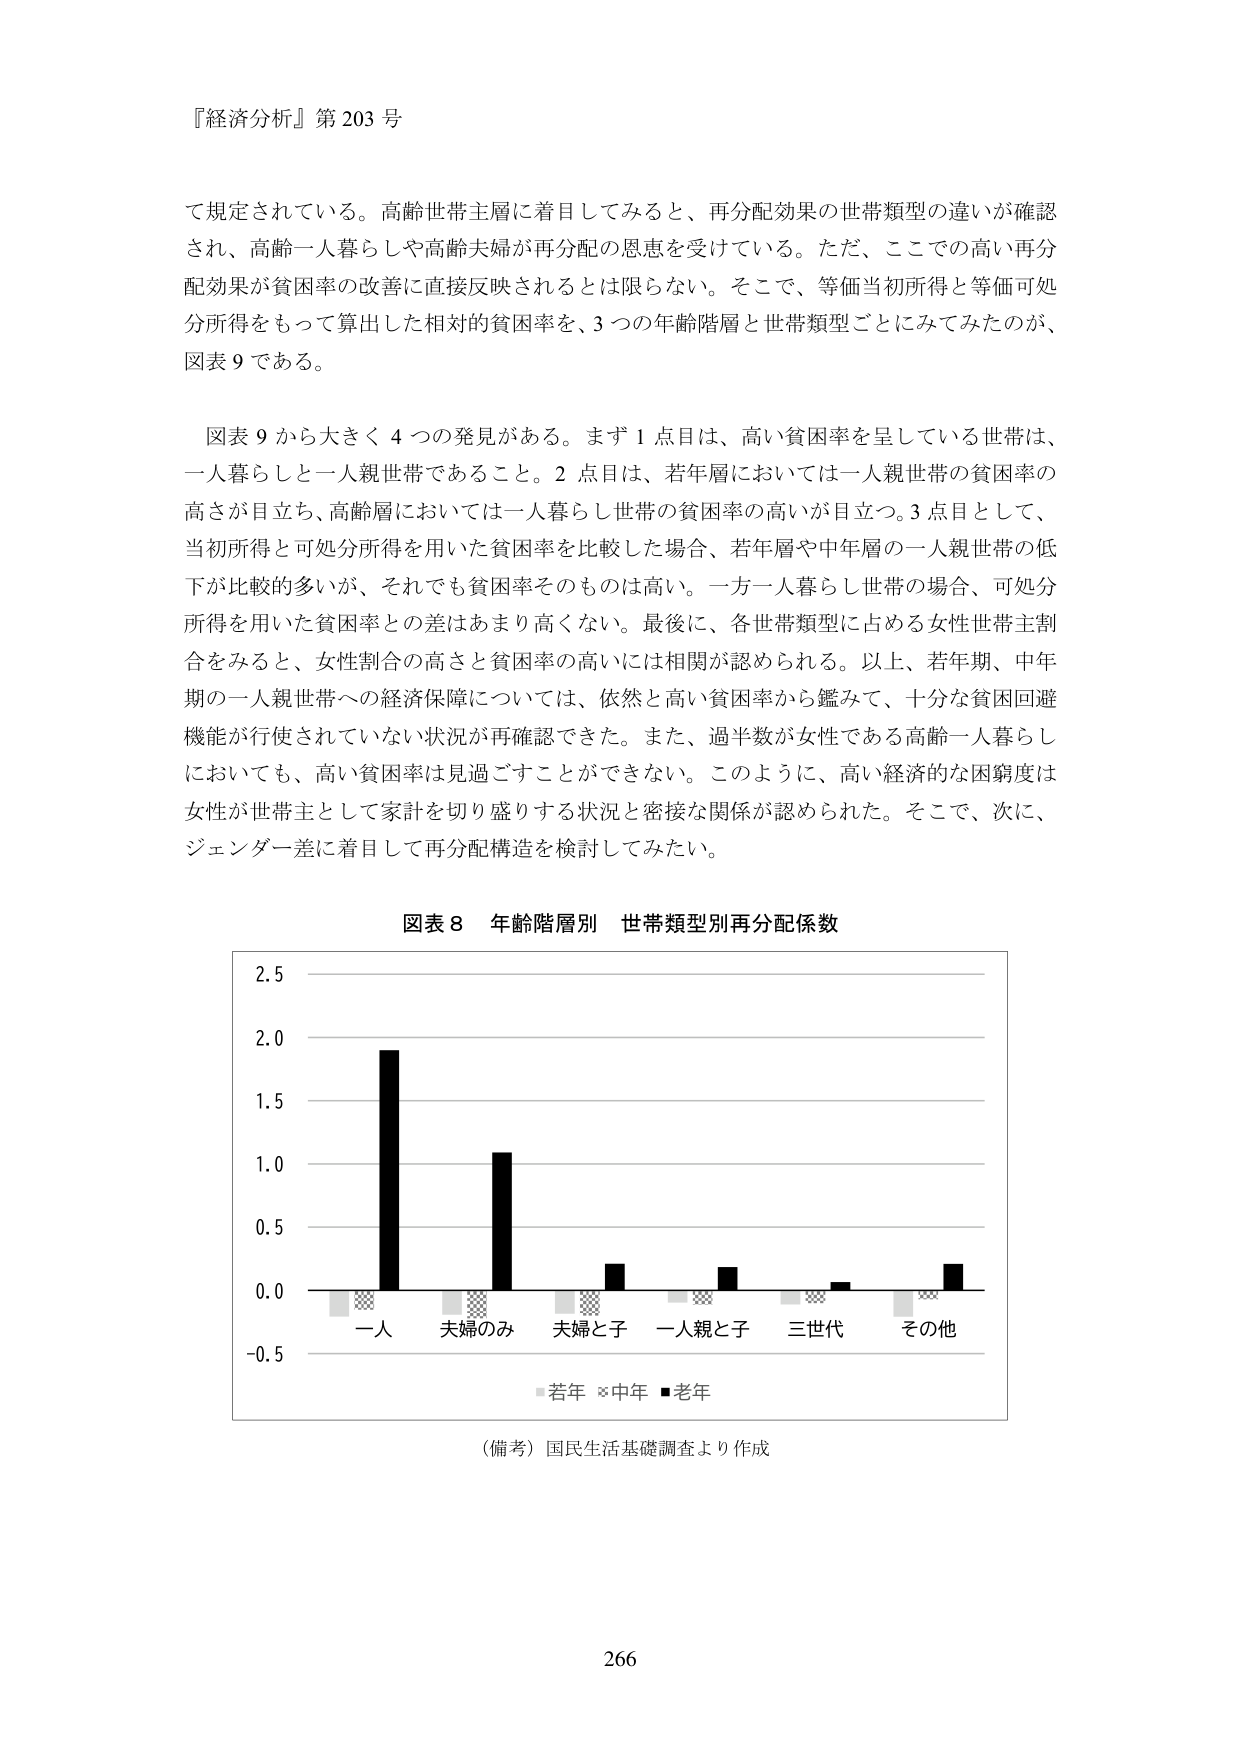
『経済分析』第 203 号

て規定されている。高齢世帯主層に着目してみると、再分配効果の世帯類型の違いが確認
され、高齢一人暮らしや高齢夫婦が再分配の恩恵を受けている。ただ、ここでの高い再分
配効果が貧困率の改善に直接反映されるとは限らない。そこで、等価当初所得と等価可処
分所得をもって算出した相対的貧困率を、3 つの年齢階層と世帯類型ごとにみてみたのが、
図表 9 である。

図表 9 から大きく 4 つの発見がある。まず 1 点目は、高い貧困率を呈している世帯は、
一人暮らしと一人親世帯であること。2 点目は、若年層においては一人親世帯の貧困率の
高さが目立ち、高齢層においては一人暮らし世帯の貧困率の高いが目立つ。3 点目として、
当初所得と可処分所得を用いた貧困率を比較した場合、若年層や中年層の一人親世帯の低
下が比較的多いが、それでも貧困率そのものは高い。一方一人暮らし世帯の場合、可処分
所得を用いた貧困率との差はあまり高くない。最後に、各世帯類型に占める女性世帯主割
合をみると、女性割合の高さと貧困率の高いには相関が認められる。以上、若年期、中年
期の一人親世帯への経済保障については、依然と高い貧困率から鑑みて、十分な貧困回避
機能が行使されていない状況が再確認できた。また、過半数が女性である高齢一人暮らし
においても、高い貧困率は見過ごすことができない。このように、高い経済的な困窮度は
女性が世帯主として家計を切り盛りする状況と密接な関係が認められた。そこで、次に、
ジェンダー差に着目して再分配構造を検討してみたい。

図表 8 年齢階層別 世帯類型別再分配係数

2.5
2.0
1.5
1.0
0.5
0.0
-0.5

一人 夫婦のみ 夫婦と子 一人親と子 三世代 その他

■若年 ■中年 ■老年

（備考）国民生活基礎調査より作成

266